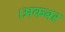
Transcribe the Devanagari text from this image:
।अकबर